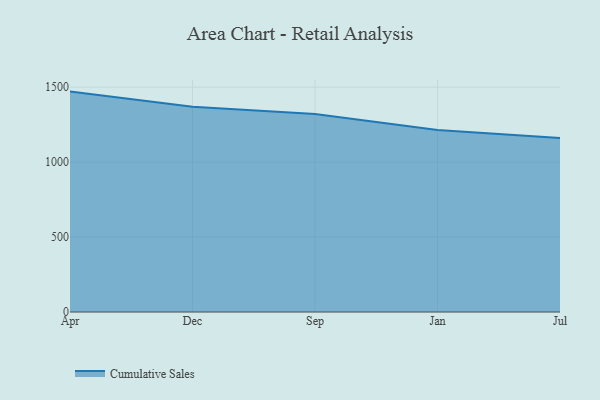
{"axis": {"x": "Month", "y": "Tickets Resolved"}, "legend": ["Cumulative Sales"], "data": [{"x": "Apr", "y": 1470.4, "type": "Cumulative Sales"}, {"x": "Dec", "y": 1368.9, "type": "Cumulative Sales"}, {"x": "Sep", "y": 1321.2, "type": "Cumulative Sales"}, {"x": "Jan", "y": 1214.5, "type": "Cumulative Sales"}, {"x": "Jul", "y": 1161.1, "type": "Cumulative Sales"}]}